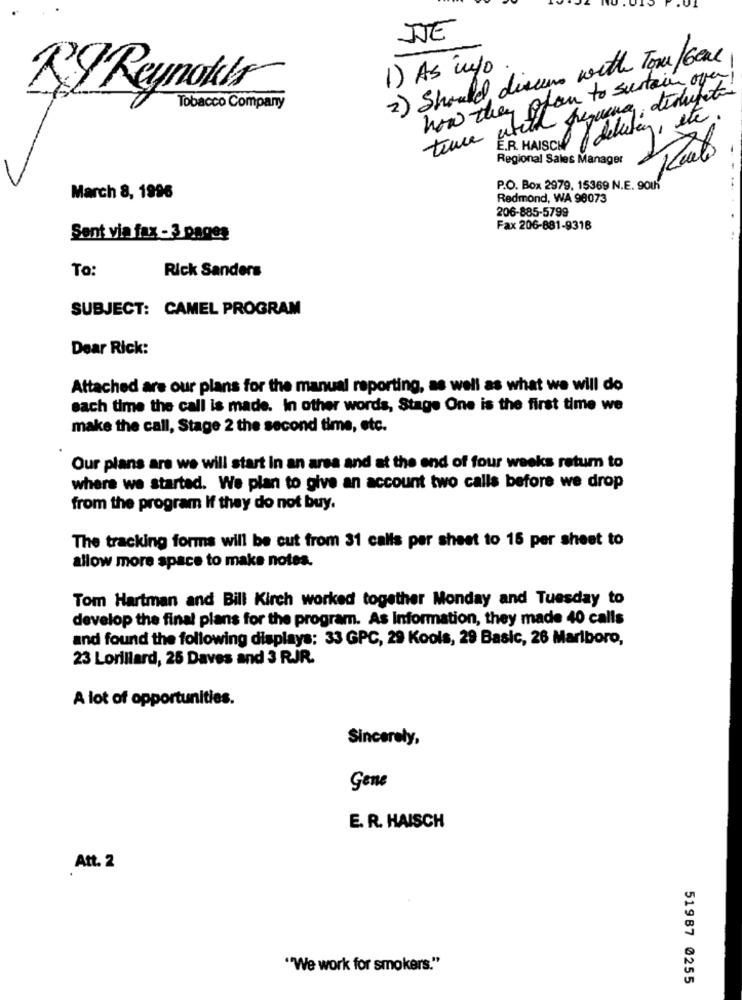
JE
2) Should discuss with Tom/Gone
1) As info
how they plan to sustain over
RI Reynokis
twee with pequena disrupte
Tobacco Company
E.R. HAISCH debitar, etc.
Regional Sales Manager
P.O. Box 2979, 15369 N.E. 901h
March 8, 1996
Redmond, WA 98073
206-885-5799
Fax 206-881-9316
Sent via fax - 3 pages
To:
Rick Sanders
SUBJECT: CAMEL PROGRAM
Dear Rick:
Attached are our plans for the manual reporting, as well as what we will do
each time the call is made. In other words, Stage One is the first time we
make the call, Stage 2 the second time, etc.
Our plans are we will start In an area and at the end of four weeks retum to
where we started. We plan to give an account two calls before we drop
from the program If they do not buy.
The tracking forms will be cut from 31 calls per sheet to 15 per sheet to
allow more space to make notes.
Tom Hartman and Bill Kirch worked together Monday and Tuesday to
develop the final plans for the program. As Information, they made 40 calls
and found the following displays: 33 GPC, 29 Kools, 29 Basic, 26 Marlboro,
23 Lorillard, 25 Daves and 3 RJR.
A lot of opportunities.
Sincerely,
Gene
E. R. HAISCH
Att. 2
""We work for smokers."
51987 @255